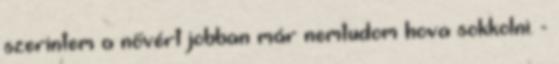
szerintem a nővért jobban már nemtudom hova sokkolni. -